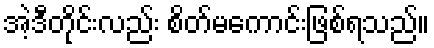
အဲ့ဒီတိုင်းလည်း စိတ်မကောင်းဖြစ်ရသည်။